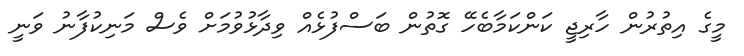
މީގެ އިތުރުން ހާރިޖީ ކަންކަމާބެހޭ ގޮތުން ބަސްފުޅެއް ވިދާޅުވުމަށް ވެސް މަނިކުފާނު ވަނީ